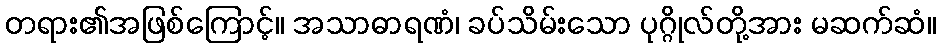
တရား၏အဖြစ်ကြောင့်။ အသာဓာရဏံ၊ ခပ်သိမ်းသော ပုဂ္ဂိုလ်တို့အား မဆက်ဆံ။